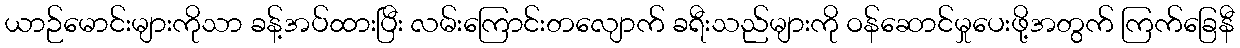
ယာဉ်မောင်းများကိုသာ ခန့်အပ်ထားပြီး လမ်းကြောင်းတလျောက် ခရီးသည်များကို ဝန်ဆောင်မှုပေးဖို့အတွက် ကြက်ခြေနီ